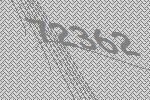
72362